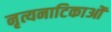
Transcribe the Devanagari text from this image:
नृत्यनाटिकाओं